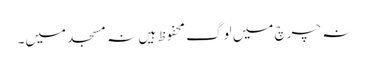
نہ چرچ میں لوگ محفوظ ہیں نہ مسجد میں۔